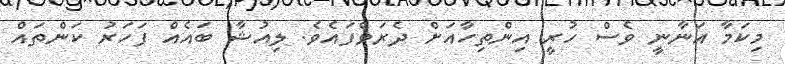
މިކަމާ އަނާނީ ވެސް ހުރީ އިންތިހާއަށް ދެރަވެފައެވެ. ލިއުޝާ ބައެއް ފަހަރު ކަންތައް